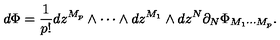
d \Phi = \frac { 1 } { p ! } d z ^ { M _ { p } } \wedge \cdots \wedge d z ^ { M _ { 1 } } \wedge d z ^ { N } \partial _ { N } \Phi _ { M _ { 1 } \cdots M _ { p } } .